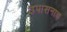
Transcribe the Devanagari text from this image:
उपासनाच